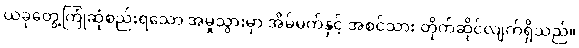
ယခုတွေ့ကြုံဆုံစည်းရသော အမှုသွားမှာ အိမ်မက်နှင့် အစင်သား တိုက်ဆိုင်လျက်ရှိသည်။